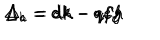
LaTeX: \Delta _ { a } = e k - q f h \hspace { 2 c m } \Delta _ { b } = d k - q f g \hspace { 2 c m } \Delta _ { c } = d h - q e g